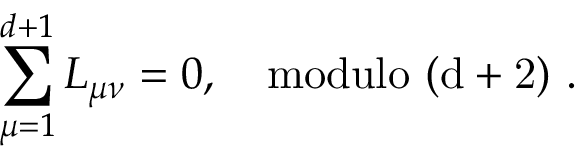
\sum _ { \mu = 1 } ^ { d + 1 } L _ { \mu \nu } = 0 , \quad \mathrm { m o d u l o ~ ( d + 2 ) ~ } .